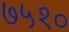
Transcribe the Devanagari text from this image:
७५१०